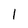
Character: 1